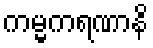
ကမ္မကရဏာနိ